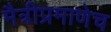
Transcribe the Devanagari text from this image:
मैत्रीप्रमाणेच